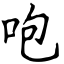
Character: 咆